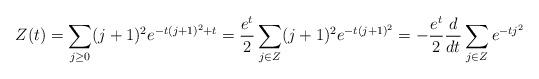
LaTeX: \begin{align*}Z(t) = \sum_{j \geq 0} (j + 1)^2 e^{-t (j +1)^2 + t} = \frac{e^t}{2} \sum_{j \in Z} (j + 1)^2 e^{-t (j +1)^2} = -\frac{e^t}{2} \frac{d}{dt}\sum_{j \in Z} e^{-t j^2}\end{align*}